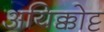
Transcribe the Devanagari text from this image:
अयिक्कोट्ट